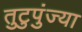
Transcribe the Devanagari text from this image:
तुटुपुंज्या